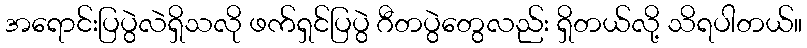
အရောင်းပြပွဲလဲရှိသလို ဖက်ရှင်ပြပွဲ ဂီတပွဲတွေလည်း ရှိတယ်လို့ သိရပါတယ်။